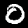
Digit: 0